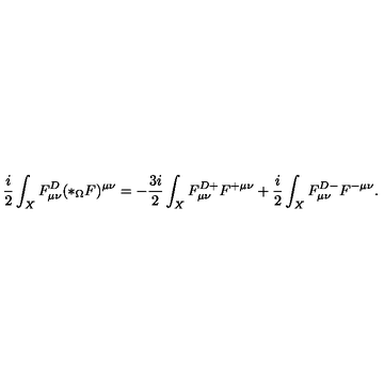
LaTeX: \frac { i } { 2 } \int _ { X } F _ { \mu \nu } ^ { D } ( * _ { \Omega } F ) ^ { \mu \nu } = - \frac { 3 i } { 2 } \int _ { X } F _ { \mu \nu } ^ { D + } F ^ { + \mu \nu } + \frac { i } { 2 } \int _ { X } F _ { \mu \nu } ^ { D - } F ^ { - \mu \nu } .